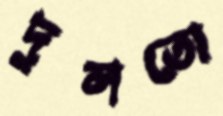
দুলতো